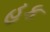
હક